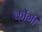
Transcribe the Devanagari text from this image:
कोंगी